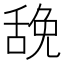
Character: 𰰃